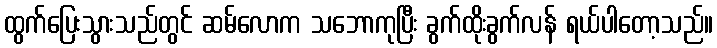
ထွက်ပြေးသွားသည်တွင် ဆမ်လောက သဘောကုပြီး ခွက်ထိုးခွက်လန် ရယ်ပါတော့သည်။